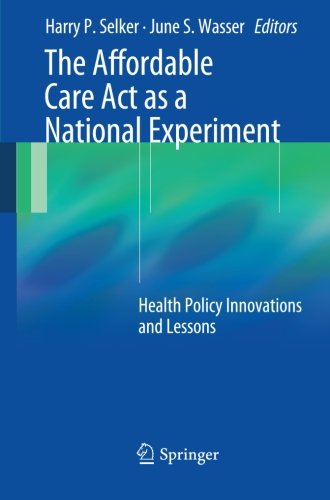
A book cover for The Affordable Care Act as a National Experiment: Health Policy Innovations and Lessons; Medical Books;